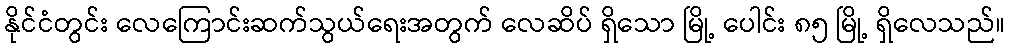
နိုင်ငံတွင်း လေကြောင်းဆက်သွယ်ရေးအတွက် လေဆိပ် ရှိသော မြို့ ပေါင်း ၈၅ မြို့ ရှိလေသည်။